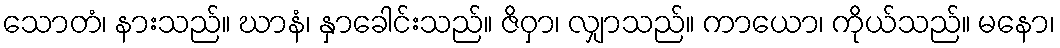
သောတံ၊ နားသည်။ ဃာနံ၊ နှာခေါင်းသည်။ ဇိဝှာ၊ လျှာသည်။ ကာယော၊ ကိုယ်သည်။ မနော၊